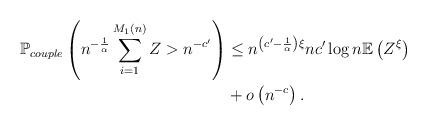
LaTeX: \begin{align*}\mathbb{P}_{couple}\left(n^{-\frac{1}{\alpha}}\sum_{i=1}^{M_{1}\left(n\right)}Z>n^{-c'}\right) & \leq n^{\left(c'-\frac{1}{\alpha}\right)\xi}nc'\log n\mathbb{E}\left(Z^{\xi}\right)\\ & +o\left(n^{-c}\right). \end{align*}